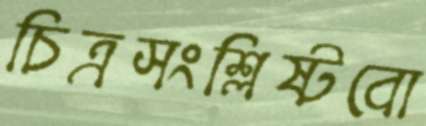
চিত্রসংশ্লিষ্টবো